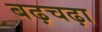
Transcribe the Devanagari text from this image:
बढ़चढ़ा